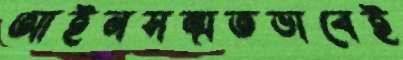
আইনসম্মতভাবেই